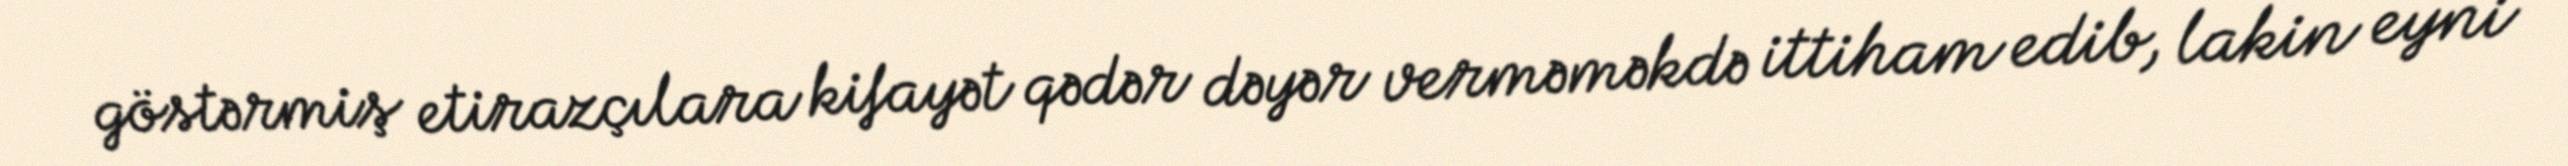
göstərmiş etirazçılara kifayət qədər dəyər verməməkdə ittiham edib, lakin eyni